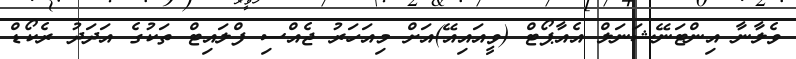
ވެލާނާ އިންޓަނޭޝަނަލް އެއާޕޯޓް (ވީއައިއޭ)އަށް މިއަހަރު ޖެއްސި ފްލައިޓް ތަކުގެ އަދަދު ރެކޯޑް